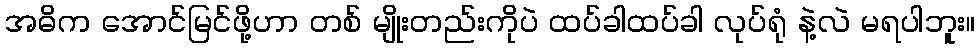
အဓိက အောင်မြင်ဖို့ဟာ တစ် မျိုးတည်းကိုပဲ ထပ်ခါထပ်ခါ လုပ်ရုံ နဲ့လဲ မရပါဘူး။